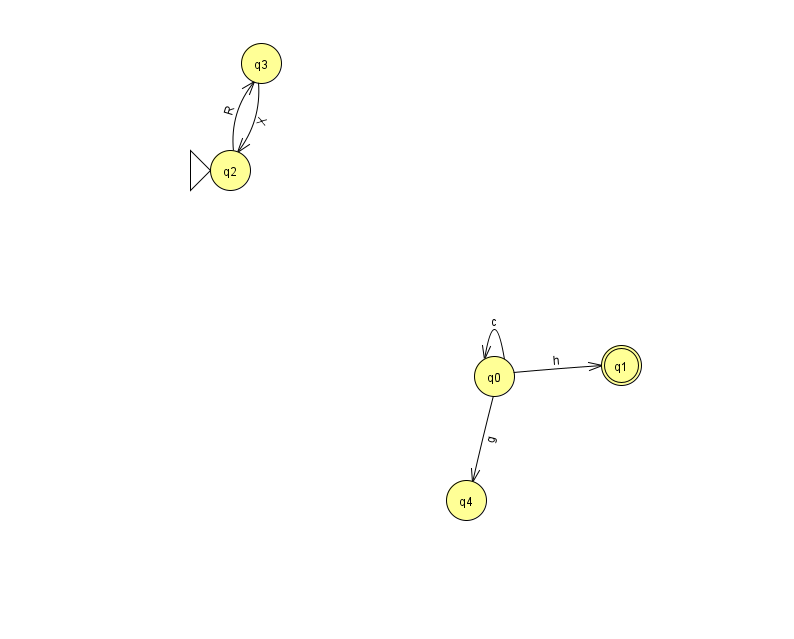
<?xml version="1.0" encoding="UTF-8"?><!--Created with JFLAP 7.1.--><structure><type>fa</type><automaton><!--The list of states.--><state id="0" name="q0"><x>494.0</x><y>363.0</y></state><state id="1" name="q1"><x>621.0</x><y>352.0</y><final/></state><state id="2" name="q2"><x>230.0</x><y>157.0</y><initial/></state><state id="3" name="q3"><x>261.0</x><y>50.0</y></state><state id="4" name="q4"><x>466.0</x><y>487.0</y></state><!--The list of transitions.--><transition><from>3</from><to>2</to><read>X</read></transition><transition><from>0</from><to>0</to><read>c</read></transition><transition><from>0</from><to>1</to><read>h</read></transition><transition><from>2</from><to>3</to><read>R</read></transition><transition><from>0</from><to>4</to><read>g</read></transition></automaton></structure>